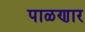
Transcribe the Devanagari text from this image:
पाळणार